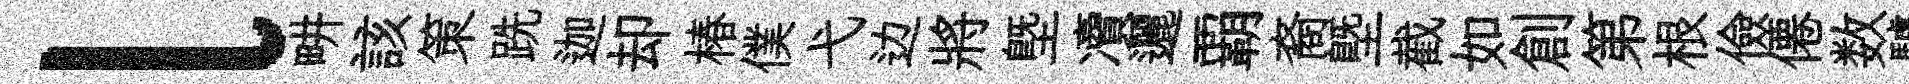
l畊該策跣迦却椿僕弋边將塈凟邐覇裔塈截如創第根儉僊数驢